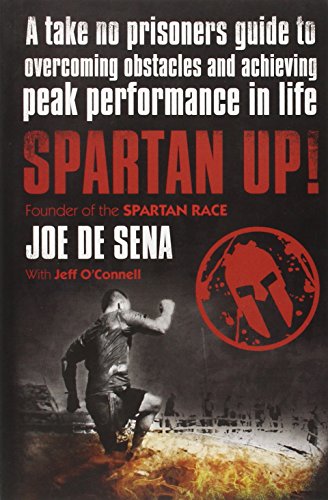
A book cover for Spartan Up!: A Take-No-Prisoners Guide to Overcoming Obstacles and Achieving Peak Performance in Life; Joe De Sena; Sports & Outdoors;